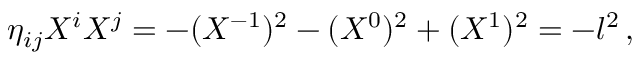
\eta _ { i j } X ^ { i } X ^ { j } = - ( X ^ { - 1 } ) ^ { 2 } - ( X ^ { 0 } ) ^ { 2 } + ( X ^ { 1 } ) ^ { 2 } = - l ^ { 2 } \, ,